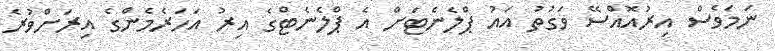
ނަމަވެސް އިރުއޮއްސޭ ވަގުތު އައު ޕްލެނެޓަށް އެ ޕްލެނެޓްގެ އިރު އަހަރެމެންގެ އިރަށްވުރެ